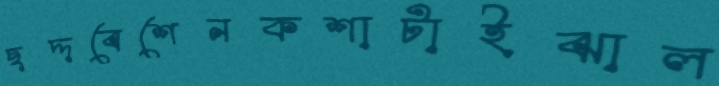
ছদ্দবেশেনকশাটাইঝাল